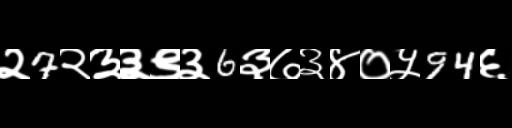
Text: २7२३३९३6३७३४०५94६